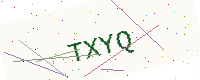
Text: TXYQ